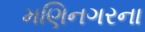
મણિનગરના